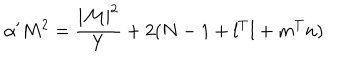
\alpha ^ { \prime } M ^ { 2 } = \frac { | { \cal M } | ^ { 2 } } { Y } + 2 ( N - 1 + l ^ { T } l + m ^ { T } n )